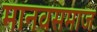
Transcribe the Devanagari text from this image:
मानवसमाज